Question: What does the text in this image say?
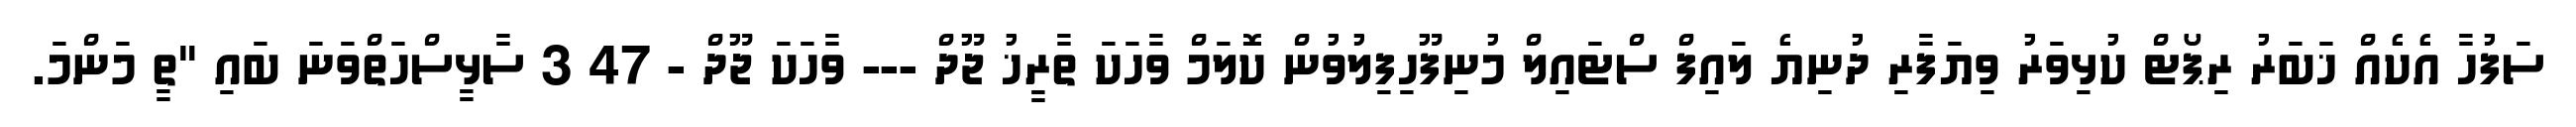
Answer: ސަފުހާ އެކެއް ޚަބަރު ރިޕޯޓް ކުޅިވަރު ވިޔަފާރި ދުނިޔެ ލައިފް ސްޓައިލް މުނިފޫހިފިލުވުން ކޮލަމް ވާހަކަ ތާރީޚު ޖޫދް --- ވާހަކަ ޖޫދް - 47 3 ސާޅީސްހަތްވަނަ ބައި "ތީ މަންމަ.